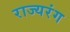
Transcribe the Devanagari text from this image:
राज्यरंग